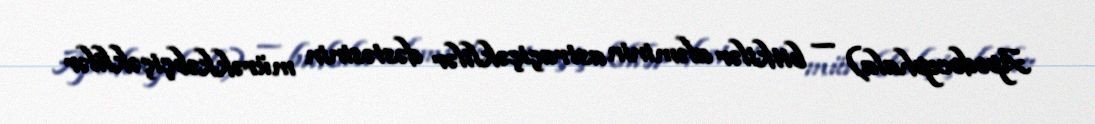
Apodocephala) — bitkilər aləminin astraçiçəklilər dəstəsinin mürəkkəbçiçəklilər